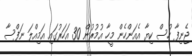
ޖެނިފާ ހުސް ކިޔާ އެއަންހެން މީހާ އުމުރުން 30 އަހަރުގައި އަމިއްލަ ނަފްސާ